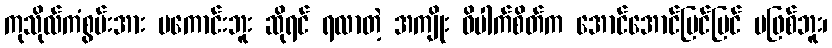
ကုသိုလ်ကံစွမ်းအား မကောင်းဘူး ဆိုရင် ရလာတဲ့ အကျိုး ဝိပါက်စိတ်က အောင်အောင်မြင်မြင် မဖြစ်ဘူး၊